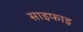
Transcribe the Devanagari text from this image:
साइफाइ